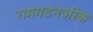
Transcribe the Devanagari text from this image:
रामगडनजीक